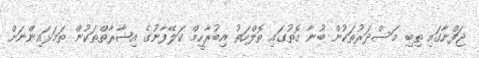
ޖަފްނާގައި ތިބި މަސްދަރުތަކުން ބުނާ ގޮތުގައި ތޮލްހަތު އިބުރާހީމް ކަލޭފާނުގެ އިޝާރާތްތަކުން ތަމަޅައިންނަށް